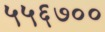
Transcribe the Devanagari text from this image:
५५६७००